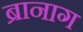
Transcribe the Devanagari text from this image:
ब्रानाग